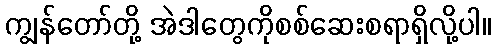
ကျွန်တော်တို့ အဲဒါတွေကိုစစ်ဆေးစရာရှိလို့ပါ။